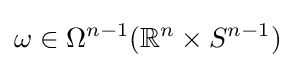
\omega \in \Omega ^{n-1}(\mathbb {R} ^{n}\times S^{n-1})